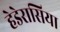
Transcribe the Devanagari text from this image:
हेडेरासिया